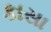
કાસા